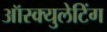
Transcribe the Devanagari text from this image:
ऑस्क्युलेटिंग